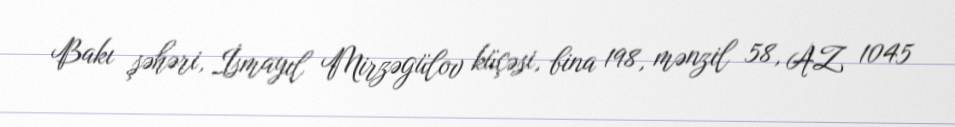
Bakı şəhəri, İsmayıl Mirzəgülov küçəsi, bina 198, mənzil 58, AZ 1045